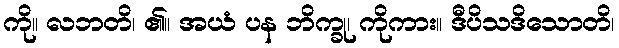
ကို။ လဘတိ၊ ၏။ အယံ ပန ဘိက္ခု၊ ကိုကား။ ဒီပိသဒိသောတိ၊